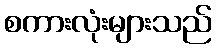
စကားလုံးများသည်